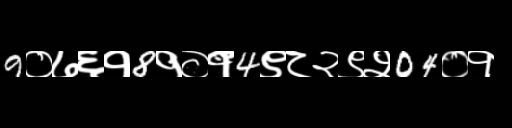
Text: 9०७६१8१०१4९८२९२04०१